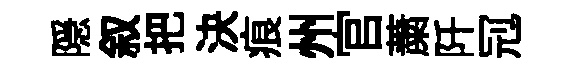
隠叙把決痕州官䔥阡𠜍